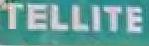
tellite